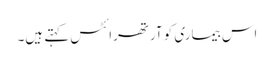
اس بیماری کو آرتھرائٹس کہتے ہیں۔